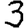
Digit: 3